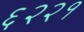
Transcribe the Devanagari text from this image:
६२२१